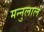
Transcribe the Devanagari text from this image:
मन्नुलाल